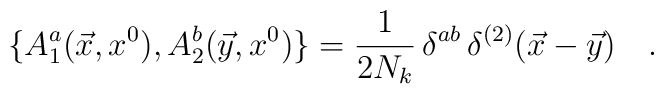
\{A^a_1(\vec{x},x^0),A^b_2(\vec{y},x^0)\}=\frac{1}{2N_k}\,\delta^{ab}\,\delta^{(2)}(\vec{x}-\vec{y})\ \ \ .